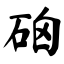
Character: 硇